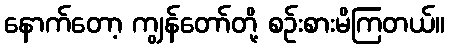
နောက်တော့ ကျွန်တော်တို့ စဉ်းစားမိကြတယ်။